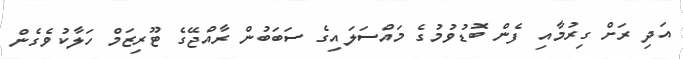
އަދި ރަށް ގިރުމާއި ފެން ބޮޑުވުމުގެ މައްސަލައިގެ ސަބަބުން ރާއްޖޭގެ ޓޫރިޒަމް ހަލާކުވެގެން